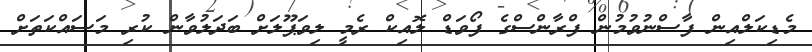
މެޑިކަލްއިން ފާސްނުވުމުން ފްރާންސްގެ ފޯވަޑް ލޮއިކް ރެމީ ލިވަޕޫލަށް ބަދަލުވާން ކުރި މަސައްކަތަށް